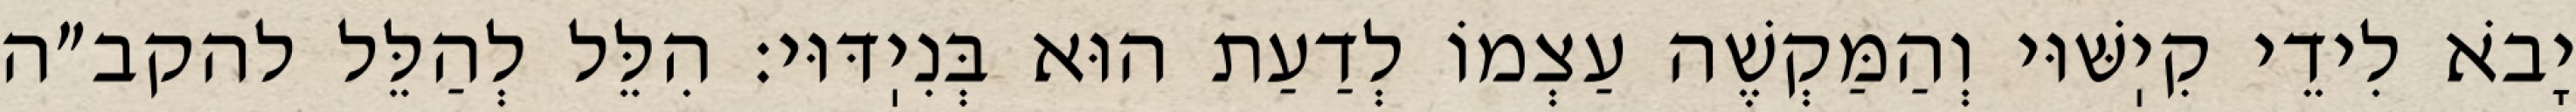
יָבֹא לִידֵי קִיֽשּׁוּי וְהַמַּקְשֶׁה עַצְמוֹ לְדַעַת הוּא בְּנִיֽדּוּי: הִלֵּל לְהַלֵּל להקב״ה